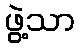
ဖွဲ့သာ